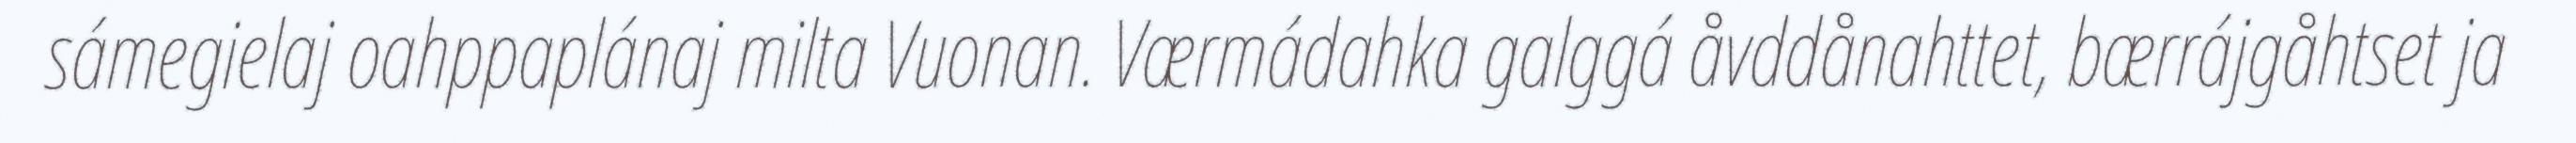
sámegielaj oahppaplánaj milta Vuonan. Værmádahka galggá åvddånahttet, bærrájgåhtset ja